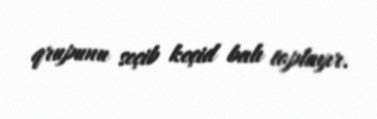
qrupunu seçib keçid balı toplayır.